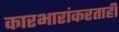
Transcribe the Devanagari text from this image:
कारभारांकरताही